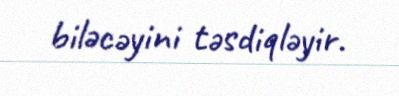
biləcəyini təsdiqləyir.